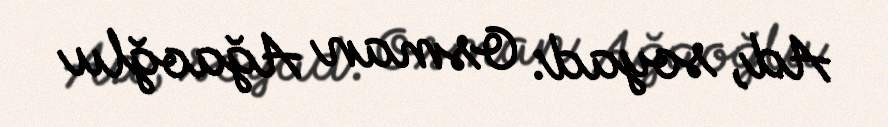
Ad, soyad: Osman Ağaoğlu